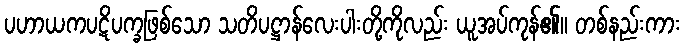
ပဟာယကပဋိပက္ခဖြစ်သော သတိပဋ္ဌာန်လေးပါးတို့ကိုလည်း ယူအပ်ကုန်၏။ တစ်နည်းကား